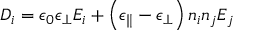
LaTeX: D _ { i } = \epsilon _ { 0 } \epsilon _ { \bot } E _ { i } + \left( \epsilon _ { \parallel } - \epsilon _ { \bot } \right) n _ { i } n _ { j } E _ { j }